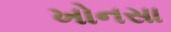
ખોનસા